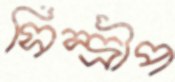
সিন্দ্রীপ